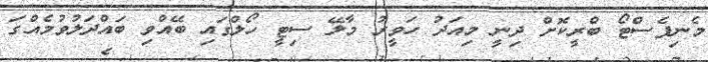
މެނިފެސްޓޯ ބްރީކޮށް ދިނީ މިއަދު ހަވީރު މާލޭ ސިޓީ ހޯލްގައި ބޭއްވި ބައްދަލުވުމެއްގަ